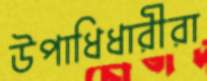
উপাধিধারীরা